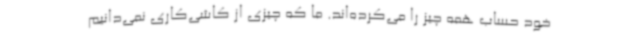
خود حساب همه چیز را می‌کرده‌اند. ما که چیزی از کاشی‌کاری نمی‌دانیم